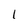
Character: 1